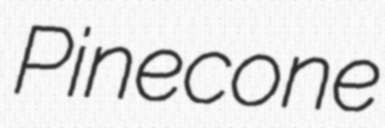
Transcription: Pinecone